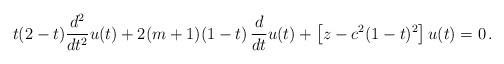
LaTeX: \begin{align*}t(2-t)\frac{d^2}{dt^2}u(t)+2(m+1)(1-t)\,\frac{d}{dt}u(t)+\left[z-c^2(1-t)^2\right]u(t)=0\,. \end{align*}